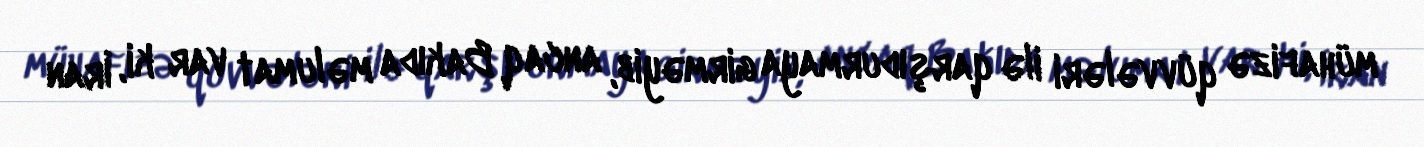
mühafizə qüvvələri ilə qarşıdurmaya girməyib, ancaq Bakıda məlumat var ki, İran